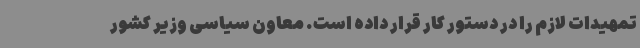
تمهیدات لازم را در دستور کار قرار داده است. معاون سیاسی وزیر کشور